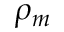
\rho _ { m }